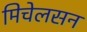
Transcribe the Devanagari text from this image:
मिचेलसन